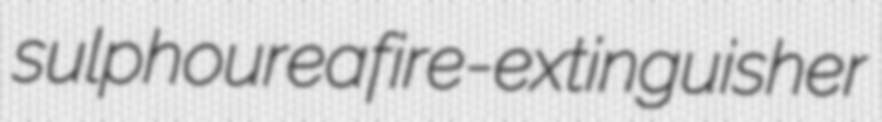
sulphourea fire-extinguisher